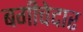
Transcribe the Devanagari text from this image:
बगीचेदार